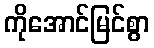
ကိုအောင်မြင်စွာ